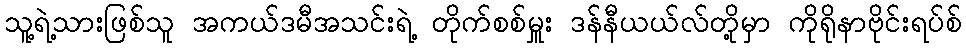
သူ့ရဲ့သားဖြစ်သူ အကယ်ဒမီအသင်းရဲ့ တိုက်စစ်မှူး ဒန်နီယယ်လ်တို့မှာ ကိုရိုနာဗိုင်းရပ်စ်